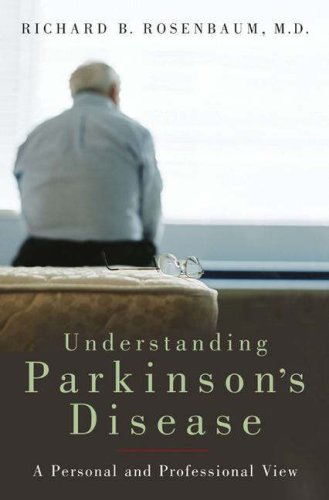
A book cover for Understanding Parkinson's Disease: A Personal and Professional View; Richard B. Rosenbaum M.D.; Health, Fitness & Dieting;